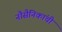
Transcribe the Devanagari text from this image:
नौसैनिकांची